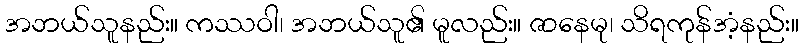
အဘယ်သူနည်း။ ကဿဝါ၊ အဘယ်သူ၏ မူလည်း။ ဇာနေမု၊ သိရကုန်အံ့နည်း။